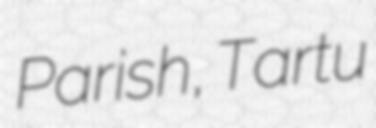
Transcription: Parish, Tartu